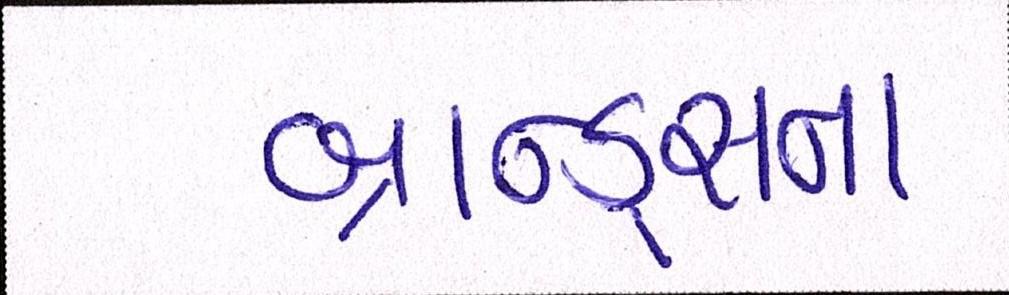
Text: બ્રાન્ડ્સના